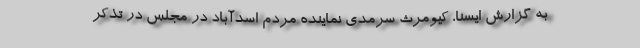
به گزارش ایسنا، کیومرث سرمدی نماینده مردم اسدآباد در مجلس در تذکر